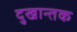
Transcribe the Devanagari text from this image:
दुखान्तक